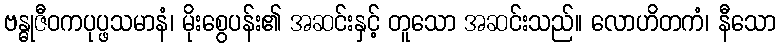
ဗန္ဓုဇီဝကပုပ္ဖသမာနံ၊ မိုးစွေပန်း၏ အဆင်းနှင့် တူသော အဆင်းသည်။ လောဟိတကံ၊ နီသော